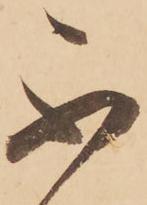
不